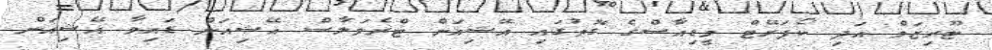
ޓޫރިޒަމް އަދި ކޯޕަރޭޓް މީޑިއާސްގެ ގޮތުގައި އޭޝިއަން ޓްރެވަލާސް އޭޝިއަން ޑައިވާ އޭޝިއަން